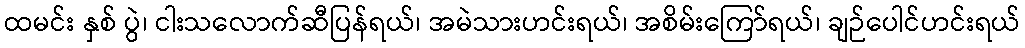
ထမင်း နှစ် ပွဲ၊ ငါးသလောက်ဆီပြန်ရယ်၊ အမဲသားဟင်းရယ်၊ အစိမ်းကြော်ရယ်၊ ချဉ်ပေါင်ဟင်းရယ်